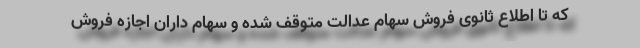
که تا اطلاع ثانوی فروش سهام عدالت متوقف شده و سهام داران اجازه فروش